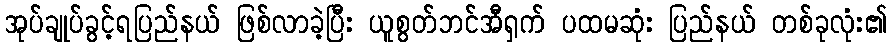
အုပ်ချုပ်ခွင့်ရပြည်နယ် ဖြစ်လာခဲ့ပြီး ယူစွတ်ဘင်အီရှက် ပထမဆုံး ပြည်နယ် တစ်ခုလုံး၏